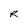
Character: R